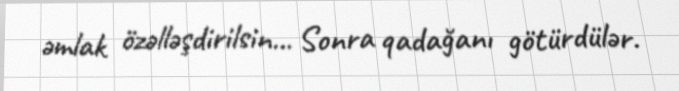
əmlak özəlləşdirilsin... Sonra qadağanı götürdülər.